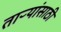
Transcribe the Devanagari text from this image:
ताऱ्यांसाठी